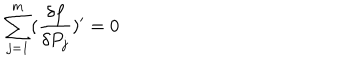
LaTeX: \sum _ { j = 1 } ^ { m } ( \frac { \delta f } { \delta P _ { j } } ) ^ { \prime } = 0